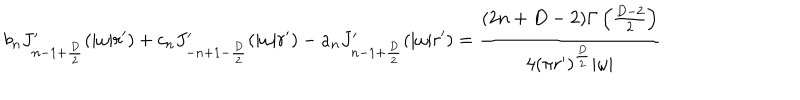
LaTeX: b _ { n } J _ { n - 1 + { \frac { D } { 2 } } } ^ { \prime } ( | \omega | r ^ { \prime } ) + c _ { n } J _ { - n + 1 - { \frac { D } { 2 } } } ^ { \prime } ( | \omega | r ^ { \prime } ) - a _ { n } J _ { n - 1 + { \frac { D } { 2 } } } ^ { \prime } ( | \omega | r ^ { \prime } ) = { \frac { ( 2 n + D - 2 ) \Gamma \left( { \frac { D - 2 } { 2 } } \right) } { 4 ( \pi r ^ { \prime } ) ^ { \frac { D } { 2 } } | \omega | } }